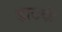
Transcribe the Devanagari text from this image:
हाटकं